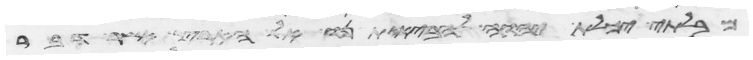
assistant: מבלתי יכלת יהוה להביא אתם אל הארץ אשר דבר